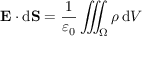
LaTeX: \mathbf { E } \cdot \mathrm { d } \mathbf { S } = { \frac { 1 } { \varepsilon _ { 0 } } } \iiint _ { \Omega } \rho \, \mathrm { d } V